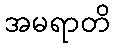
အမရာတိ